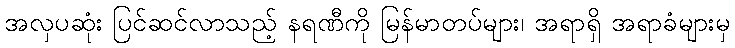
အလှပဆုံး ပြင်ဆင်လာသည့် နရဏီကို မြန်မာတပ်များ၊ အရာရှိ အရာခံများမှ